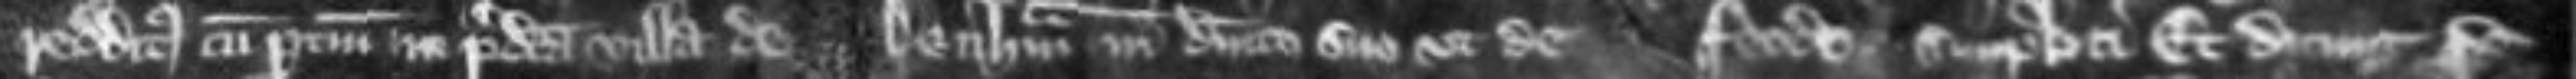
redditus cum pertinenciis in predicta villa de Denham in dominico suo ut de feodo simplici Et dicunt quod